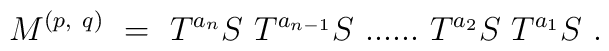
M^{(p,~q)}~=~ T^{a_n} S~ T^{a_{n-1}} S~ ......~T^{a_2}S~ T^{a_1} S~.